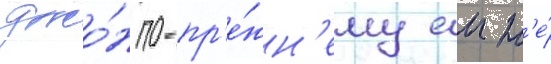
джо́н по-пр'е́жн'ему еи н'е́